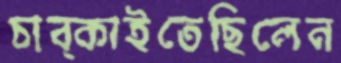
চাব্‌কাইতেছিলেন